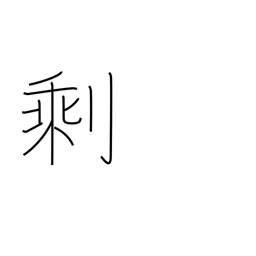
Meaning: residue